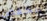
انخفض